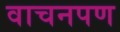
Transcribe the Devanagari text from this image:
वाचनपण